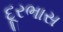
દૂરભાસ